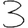
Digit: 3